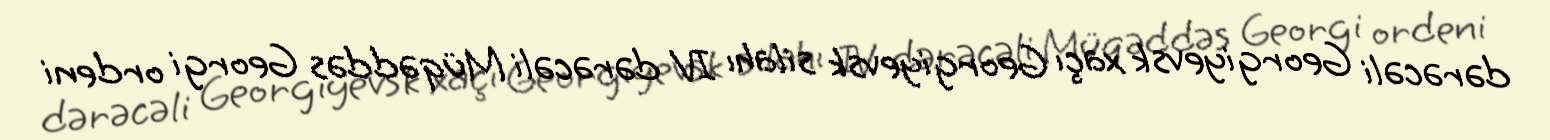
dərəcəli Georgiyevsk xaçı Georgiyevsk silahı IV dərəcəli Müqəddəs Georgi ordeni